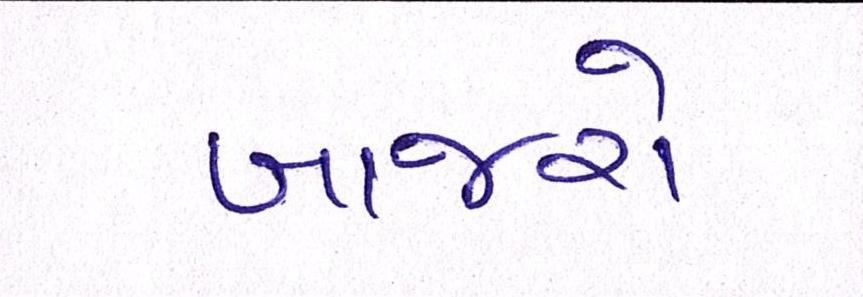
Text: બાજરો